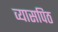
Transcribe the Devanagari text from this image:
व्यासपिठ